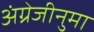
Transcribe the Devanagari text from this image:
अंग्रेजीनुमा